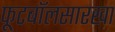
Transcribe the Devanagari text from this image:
फूटबॉलसारखा